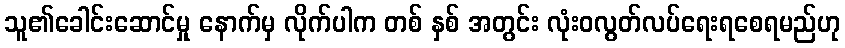
သူ၏ခေါင်းဆောင်မှု နောက်မှ လိုက်ပါက တစ် နှစ် အတွင်း လုံးဝလွတ်လပ်ရေးရစေရမည်ဟု